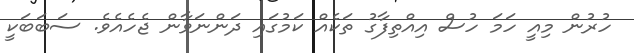
ހުރުން މިއީ ހަމަ ހުސް އިއްތިފާގު ތަކެއް ކަމުގައި ދަންނަވާން ޖެހެއެވެ. ސަބަބަކީ